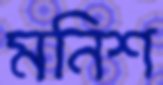
মনিশ